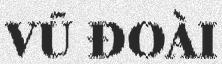
VŨ ĐOÀI